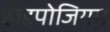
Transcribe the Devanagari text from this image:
हाइपोजियम